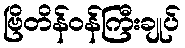
ဗြိတိန်ဝန်ကြီးချုပ်